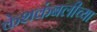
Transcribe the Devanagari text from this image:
केशकंबलीच्या